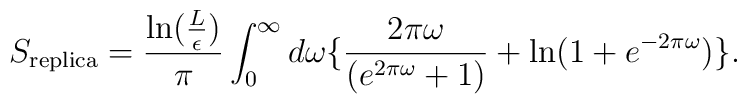
S_{\rm replica} = {{\rm ln}({L\over\epsilon})\over\pi}\int_0^\infty d\omega \{{2\pi\omega\over(e^{2\pi\omega}+1)}+{\rm ln}(1+e^{-2\pi\omega})\}.